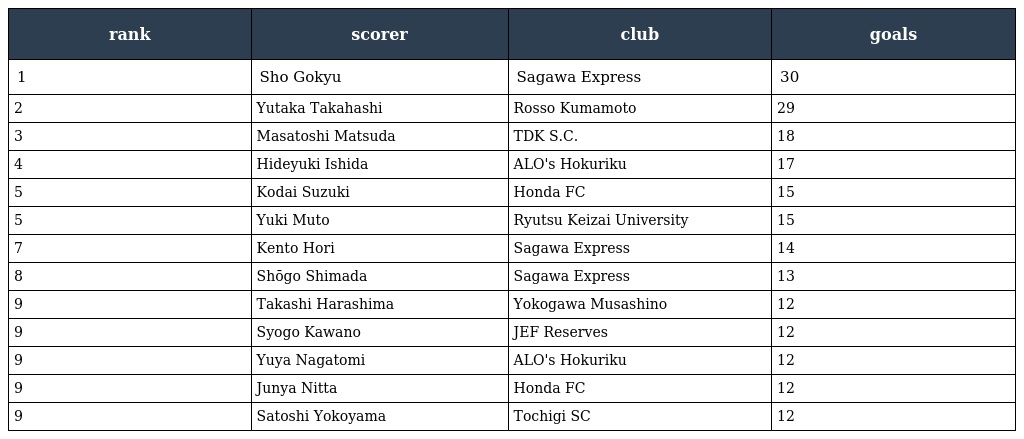
| rank | scorer | club | goals |
 | --- | --- | --- | --- |
 | 1 | Sho Gokyu | Sagawa Express | 30 |
 | 2 | Yutaka Takahashi | Rosso Kumamoto | 29 |
 | 3 | Masatoshi Matsuda | TDK S.C. | 18 |
 | 4 | Hideyuki Ishida | ALO's Hokuriku | 17 |
 | 5 | Kodai Suzuki | Honda FC | 15 |
 | 5 | Yuki Muto | Ryutsu Keizai University | 15 |
 | 7 | Kento Hori | Sagawa Express | 14 |
 | 8 | Shōgo Shimada | Sagawa Express | 13 |
 | 9 | Takashi Harashima | Yokogawa Musashino | 12 |
 | 9 | Syogo Kawano | JEF Reserves | 12 |
 | 9 | Yuya Nagatomi | ALO's Hokuriku | 12 |
 | 9 | Junya Nitta | Honda FC | 12 |
 | 9 | Satoshi Yokoyama | Tochigi SC | 12 |